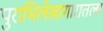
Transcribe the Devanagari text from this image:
पुराभिलेखागारातला